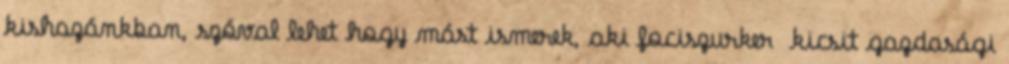
kishazánkban, szóval lehet hogy mást ismerek, aki fociszurker kicsit gazdasági